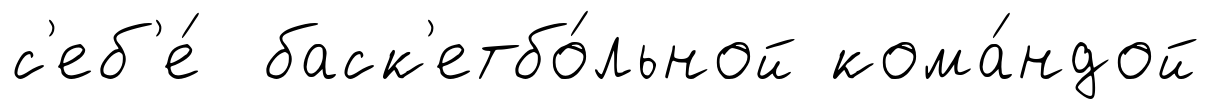
с'еб'е́ баск'етбо́льной кома́ндой